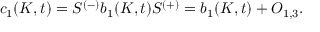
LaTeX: c _ { 1 } ( K , t ) = S ^ { ( - ) } b _ { 1 } ( K , t ) S ^ { ( + ) } = b _ { 1 } ( K , t ) + O _ { 1 , 3 } .